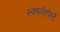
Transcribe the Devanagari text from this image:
स्कार्नहोर्स्ट